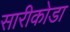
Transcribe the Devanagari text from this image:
सारीकोडा